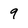
Character: 9